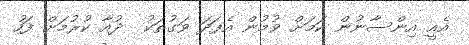
އެއީ އިންސާނުން ކަމަށް ވުމުން އެފަދަ ވަގުތަކު  ދުއާ ކުރުމަށް ފަހު